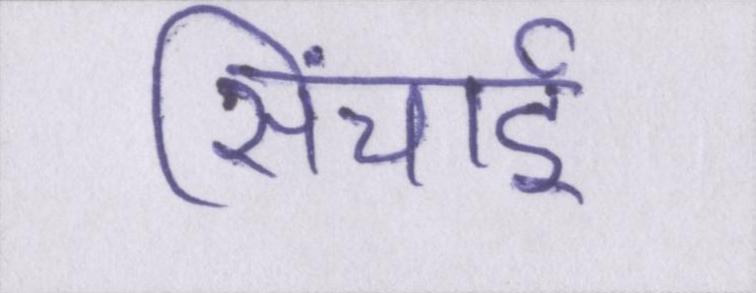
सिंचाई